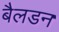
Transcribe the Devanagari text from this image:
बैलडन